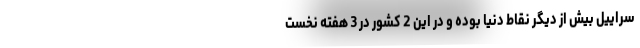
سراییل بیش از دیگر نقاط دنیا بوده و در این 2 کشور در 3 هفته نخست